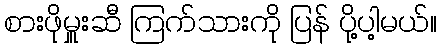
စားဖိုမှူးဆီ ကြက်သားကို ပြန် ပို့ပါ့မယ်။